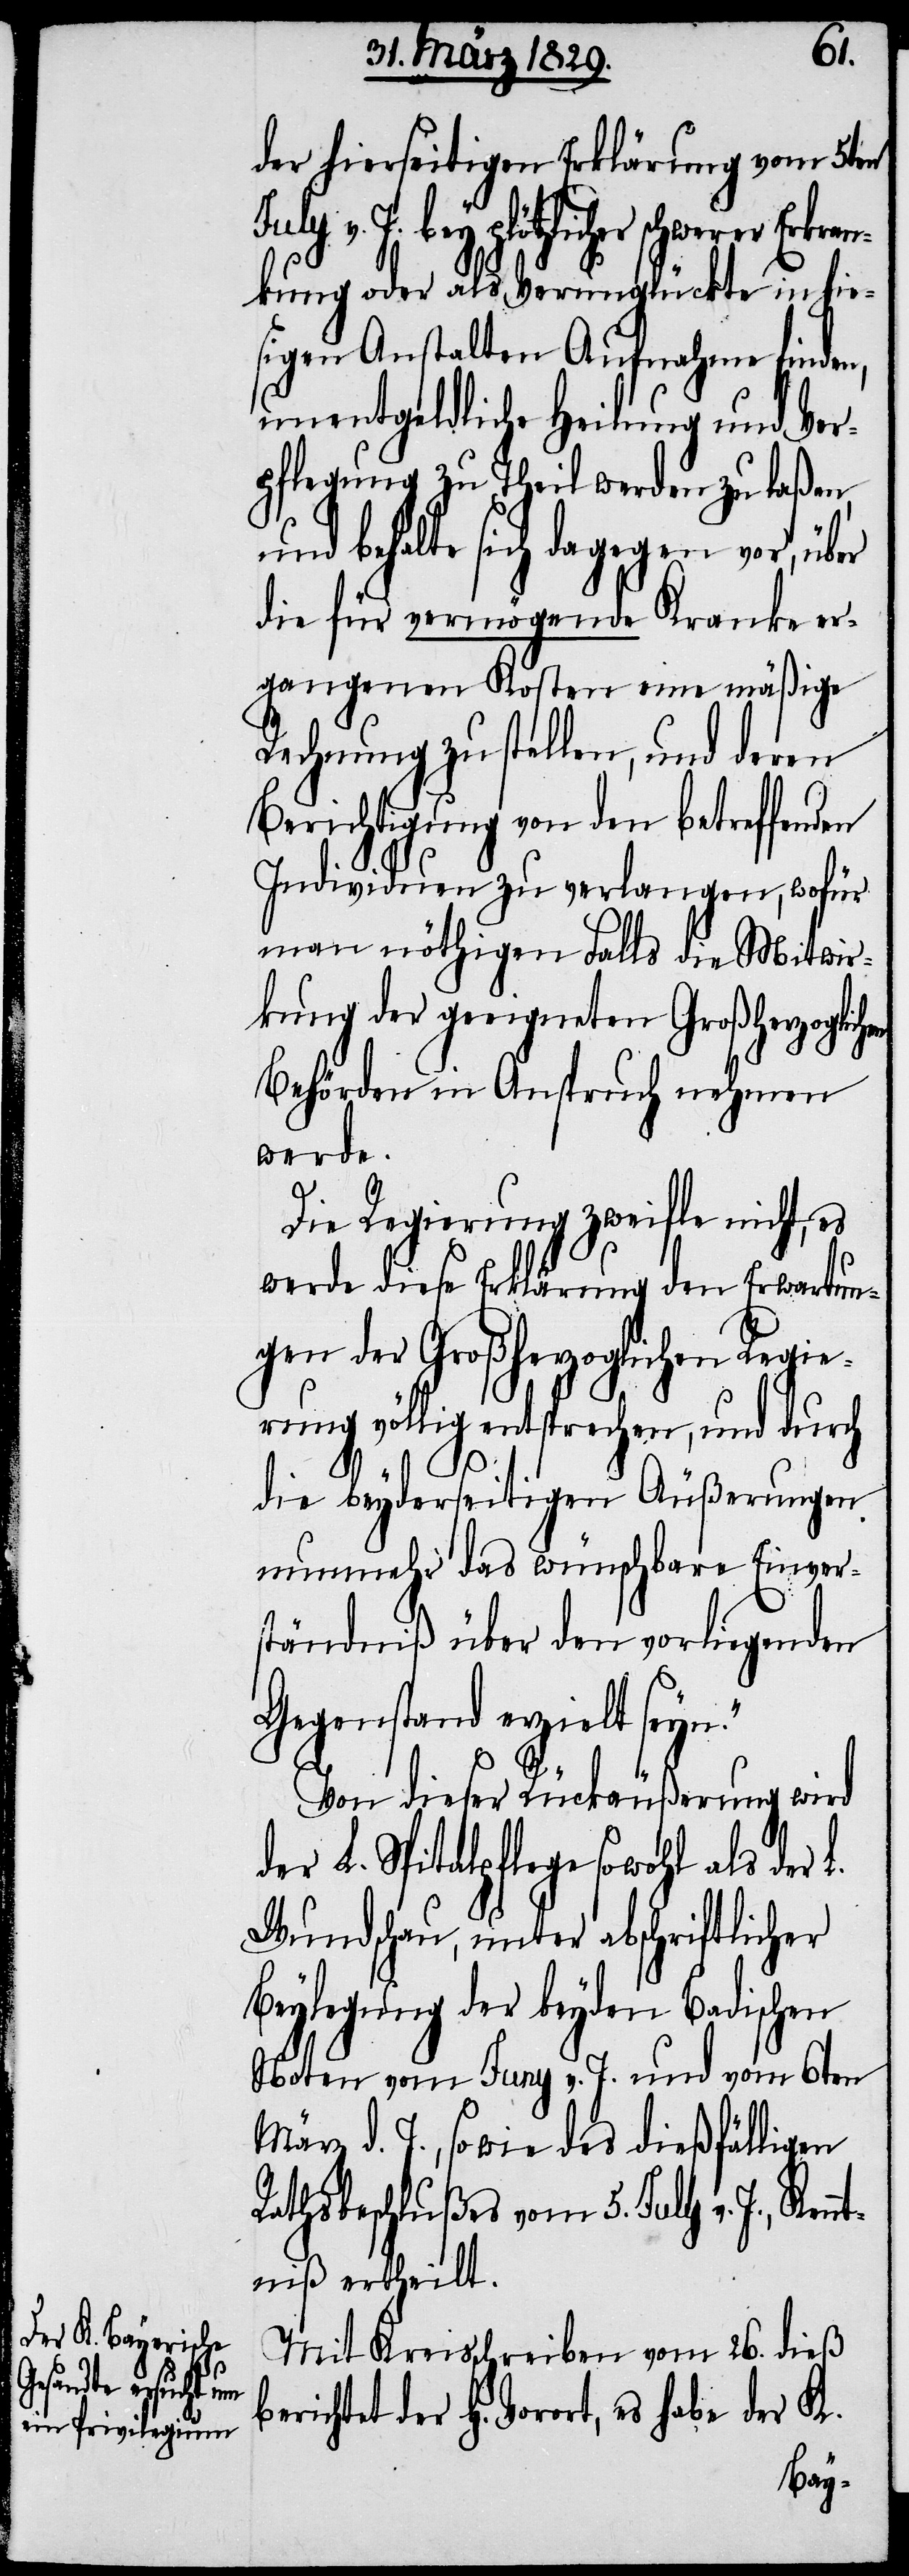
J. bey plötzl¬

der hierseitigen Erklärung vom 5ten
icher schwerer Erkran¬
kung oder als Verunglückte in hie¬
sigen Anstalten Aufnahme finden,
unentgeldliche Heilung und Ver¬
pflegung zu Theil werden zu laßen,
und behalte sich dagegen vor, über
die für vermögende Kranke er¬
gangenen Kosten eine mäßige
Rechnung zu stellen, und deren
Berichtigung von den betreffenden
Individuen zu verlangen, wofür
man nöthigen Falls die Mitwir¬
kung der geeigneten Großherzoglichen
Behörde in Anspruch nehmen
werde.
Die Regierung zweifle nicht,
werde diese Erklärung den Erwartun¬
gen der Großherzoglichen Regie¬
rung völlig entsprechen, und durch
die beyderseitigen Äußerungen
nunmehr das wünschbare Einver¬
ständniß über den vorliegenden
Gegenstand erzielt seyn.“
Von dieser Rückäußerung wird
der L. Spitalpflege sowohl als der
Wundschau, unter abschriftlicher
Beylegung der beyden Badischen
Noten vom Juny v. J. und vom 6ten
März d. J., sowie des dießfälligen
Rathsbeschlußes vom 5. July v. J., Ken¬
ntniß ertheilt.
Mit Kreisschreiben vom 26. dieß
berichtet der H. Vorort, es habe der K.